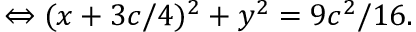
\Leftrightarrow ( x + 3 c / 4 ) ^ { 2 } + y ^ { 2 } = 9 c ^ { 2 } / 1 6 .